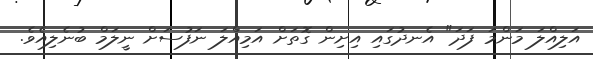
އަލިއްލަ މަންމަ ފަދަ" އެނދުގައި އިށިން ގޮތަށް އަމިއްލަ ނަފުސަށް ނީލަމް ބުނެލިއެވެ.